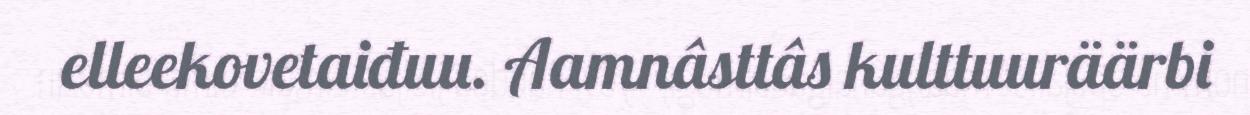
elleekovetaiđuu. Aamnâsttâs kulttuuräärbi